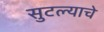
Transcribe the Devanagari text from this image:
सुटल्याचे